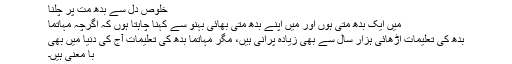
خلوص دل سے بدھ مت پر چلنا
میں ایک بدھ متی ہوں اور میں اپنے بدھ متی بھائی بہنو سے کہنا چاہتا ہوں کہ اگرچہ مہاتما
بدھ کی تعلیمات اڑھائی ہزار سال سے بھی زیادہ پرانی ہیں، مگر مہاتما بدھ کی تعلیمات آج کی دنیا میں بھی
با معنی ہیں۔